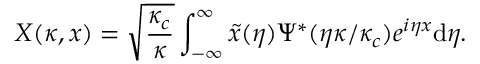
X ( \kappa , x ) = \sqrt { \frac { \kappa _ { c } } { \kappa } } \int _ { - \infty } ^ { \infty } \tilde { x } ( \eta ) \Psi ^ { * } ( \eta \kappa / \kappa _ { c } ) e ^ { i \eta x } \mathrm { d } \eta .